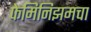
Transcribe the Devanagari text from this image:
फेमिनिझमचा